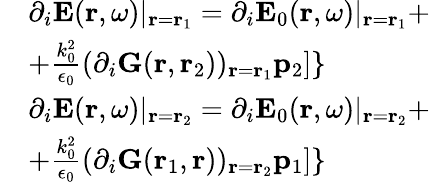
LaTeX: \begin{array}{rl}&{\partial_{i}\mathbf{E}(\mathbf{r},\omega)|_{\mathbf{r}=\mathbf{r}_{1}}=\partial_{i}\mathbf{E}_{0}(\mathbf{r},\omega)|_{\mathbf{r}=\mathbf{r}_{1}}+}\\ &{+\frac{k_{0}^{2}}{\epsilon_{0}}(\partial_{i}\mathbf{G}(\mathbf{r},\mathbf{r}_{2}))_{\mathbf{r}=\mathbf{r}_{1}}\mathbf{p}_{2}]\} }\\ &{\partial_{i}\mathbf{E}(\mathbf{r},\omega)|_{\mathbf{r}=\mathbf{r}_{2}}=\partial_{i}\mathbf{E}_{0}(\mathbf{r},\omega)|_{\mathbf{r}=\mathbf{r}_{2}}+}\\ &{+\frac{k_{0}^{2}}{\epsilon_{0}}(\partial_{i}\mathbf{G}(\mathbf{r}_{1},\mathbf{r}))_{\mathbf{r}=\mathbf{r}_{2}}\mathbf{p}_{1}]\} }\end{array}